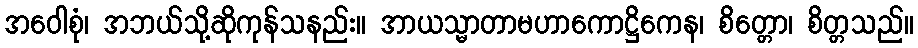
အဝေါစုံ၊ အဘယ်သို့ဆိုကုန်သနည်း။ အာယသ္မာတာမဟာကောဋ္ဌိကေန၊ စိတ္တော၊ စိတ္တသည်။